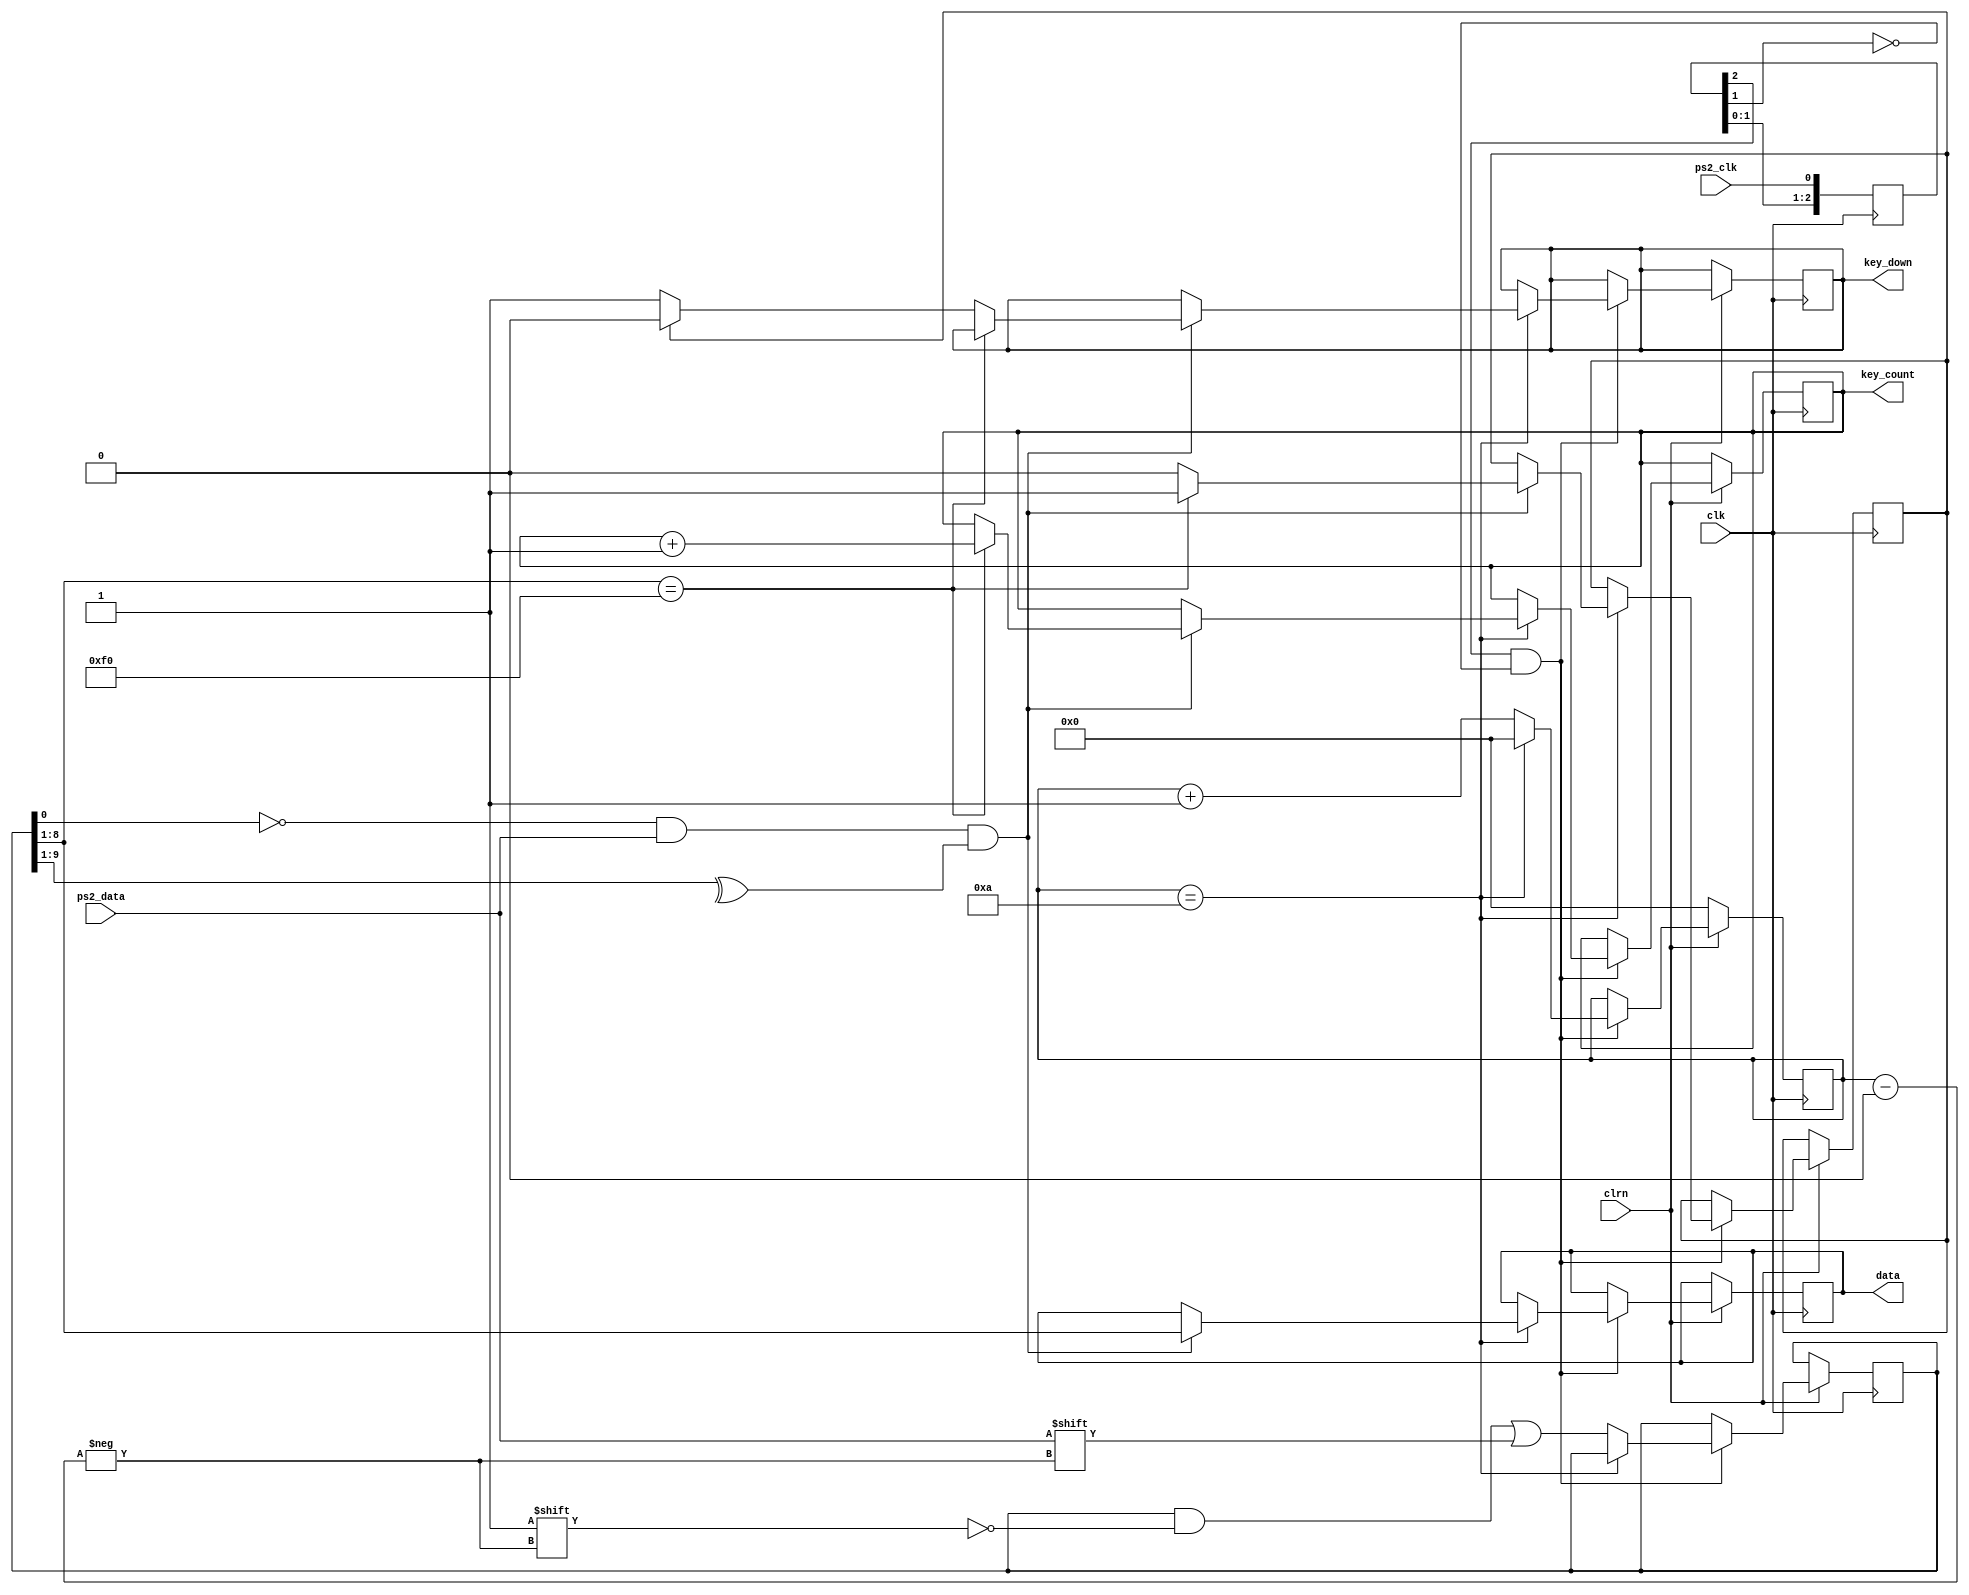
module ps2_keyboard(clk,clrn,ps2_clk,ps2_data,data,key_count,key_down);
    input clk,clrn,ps2_clk,ps2_data;
    output reg [7:0] data,key_count;
    output reg key_down;
    reg [9:0] buffer; // ps2_data bits
    reg [3:0] count; // count ps2_data bits
    // detect falling edge of ps2_clk
    reg [2:0] ps2_clk_sync;
    reg keyup_flag;
    always @(posedge clk) begin
       ps2_clk_sync <= {ps2_clk_sync[1:0],ps2_clk};
    end

    wire sampling = ps2_clk_sync[2] & ~ps2_clk_sync[1];

    always @(posedge clk) begin
       if (clrn == 0) begin // reset
          count <= 0; 
       end else begin
          if (sampling) begin
             if (count == 4'd10) begin
                if ((buffer[0] == 0) && // start bit
                    (ps2_data) && // stop bit
                    (^buffer[9:1])) begin // odd parity
                    data <= buffer[8:1]; // kbd scan code
                    if (buffer[8:1] == 8'hF0) begin
                        key_count <= key_count + 1;
                        keyup_flag <= 1;
                    end
                    else begin
                        if (keyup_flag == 1) begin
                            key_down <= 0;
                            keyup_flag <= 0;
                        end
                        else begin
                            key_down <= 1;
                        end
                    end
                end
                count <= 0; // for next
             end else begin
                buffer[count] <= ps2_data; // store ps2_data
                count <= count + 3'b1;
             end
          end
       end
    end

endmodule


module seg(
  input [4:0] in,
  output reg [7:0] seg
);
    always @(*) begin
        case (in)
            5'b10000: seg = 8'b0000_0011;
            5'b10001: seg = 8'b1001_1111;
            5'b10010: seg = 8'b0010_0101;
            5'b10011: seg = 8'b0000_1101;
            5'b10100: seg = 8'b1001_1001;
            5'b10101: seg = 8'b0100_1001;
            5'b10110: seg = 8'b0100_0001;
            5'b10111: seg = 8'b0001_1111;
            5'b11000: seg = 8'b0000_0001;
            5'b11001: seg = 8'b0000_1001;
            5'b11010: seg = 8'b0001_0001;
            5'b11011: seg = 8'b1100_0001;
            5'b11100: seg = 8'b0110_0011;
            5'b11101: seg = 8'b1000_0101;
            5'b11110: seg = 8'b0110_0001;
            5'b11111: seg = 8'b0111_0001;
            default: seg = 8'b1111_1111;
        endcase
    end
endmodule